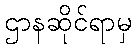
ဌာနဆိုင်ရာမှ